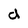
Character: d